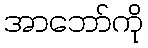
အာဘော်ကို